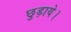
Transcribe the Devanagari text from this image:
छुड़ाये।